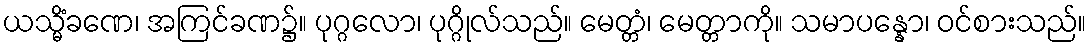
ယသ္မိံခဏေ၊ အကြင်ခဏ၌။ ပုဂ္ဂလော၊ ပုဂ္ဂိုလ်သည်။ မေတ္တံ၊ မေတ္တာကို။ သမာပန္နော၊ ဝင်စားသည်။